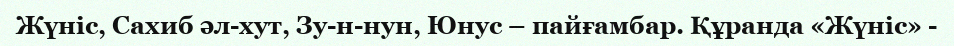
Жүніс, Сахиб әл-хут, Зу-н-нун, Юнус – пайғамбар. Құранда «Жүніс» -